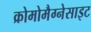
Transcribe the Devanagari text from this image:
क्रोमोमैग्‍नेसाइट